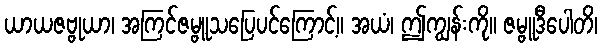
ယာယဇဗ္ဗုယာ၊ အကြင်ဇမ္ဗူသပြေပင်ကြောင့်။ အယံ၊ ဤကျွန်းကို။ ဇမ္ဗူဒီပေါတိ၊